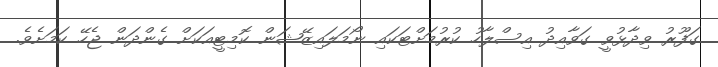
ގަފޫރު ވިދާޅުވީ ގަވާއިދު އިސްލާހު ކުރުމަށްޓަކައި ނޯމަލައިޒޭޝަން ކޮމިޓީއަކަށް ގެންދަން ޖެހޭ ކަމަށެވެ.